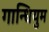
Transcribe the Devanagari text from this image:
गान्धियुम